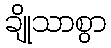
ချိုသာစွာ